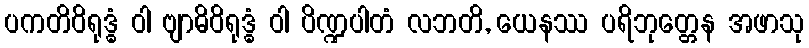
ပကတိဝိရုဒ္ဓံ ဝါ ဗျာဓိဝိရုဒ္ဓံ ဝါ ပိဏ္ဍပါတံ လဘတိ, ယေနဿ ပရိဘုတ္တေန အဖာသု